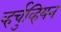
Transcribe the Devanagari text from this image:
व्हर्चुव्हियन